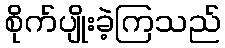
စိုက်ပျိုးခဲ့ကြသည်